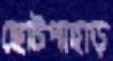
ছোটপাহাড়